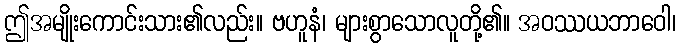
ဤအမျိုးကောင်းသား၏လည်း။ ဗဟူနံ၊ များစွာသောလူတို့၏။ အဝဿယဘာဝေါ၊